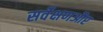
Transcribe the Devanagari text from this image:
सर्वेक्षणऔर